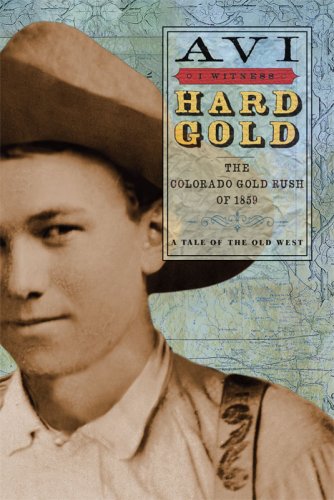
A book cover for I Witness: Hard Gold: The Colorado Gold Rush of 1859: A Tale of the Old West; Avi; Teen & Young Adult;